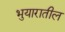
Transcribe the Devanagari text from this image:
भुयारातील